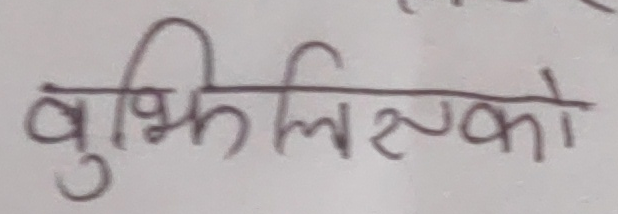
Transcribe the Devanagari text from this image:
बुद्धिल्हको